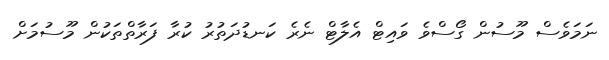
ނަމަވެސް މޫސުން ގޯސްވެ ވައިޓް އެލާޓް ނެރެ ކަނޑުދަތުރު ކުރާ ފަރާތްތަކުން މޫސުމަށް